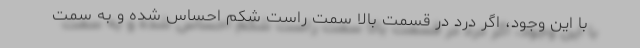
با این وجود، اگر درد در قسمت بالا سمت راست شکم احساس شده و به سمت